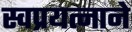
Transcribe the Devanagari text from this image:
स्वप्रयत्नाने